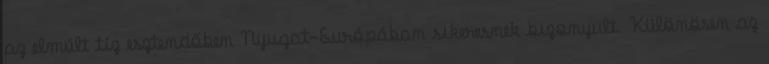
az elmúlt tíz esztendőben Nyugat-Európában sikeresnek bizonyult. Különösen az